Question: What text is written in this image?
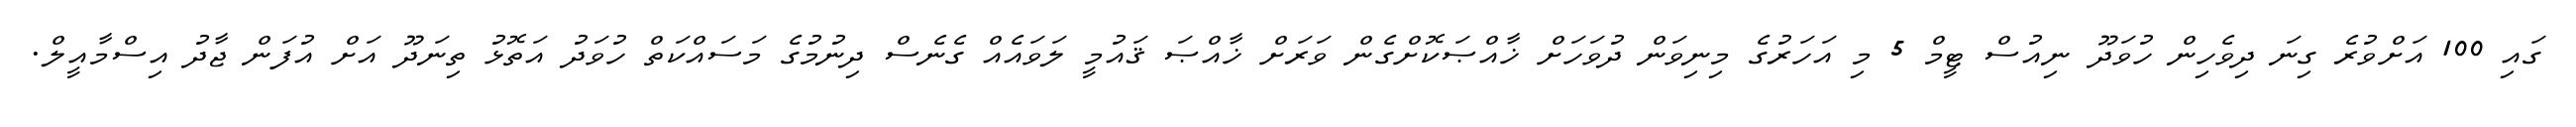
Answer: ގައި 100 އަށްވުރެ ގިނަ ދިވެހިން ހުވަދޫ ނިއުސް ޓީމް 5 މި އަހަރުގެ މިނިވަން ދުވަހަށް ޚާއްޞަކޮށްގެން ވަރަށް ޚާއްޞަ ޤައުމީ ލަވައެއް ގެނެސް ދިނުމުގެ މަސައްކަތް ހުވަދު އަތޮޅު ތިނަދޫ އަށް އުފަން ޖާދު އިސްމާއީލް.